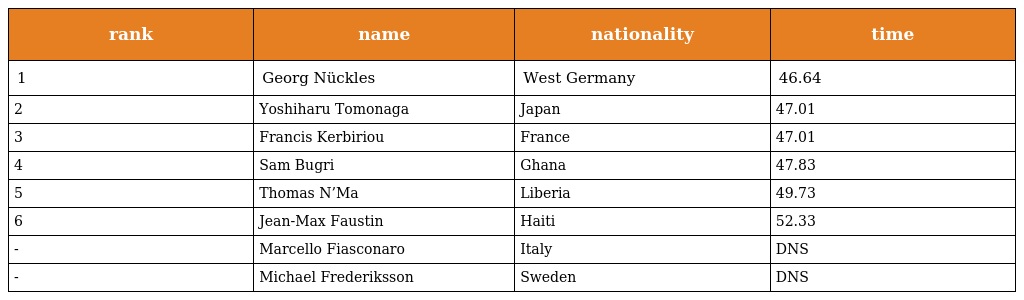
| rank | name | nationality | time |
 | --- | --- | --- | --- |
 | 1 | Georg Nückles | West Germany | 46.64 |
 | 2 | Yoshiharu Tomonaga | Japan | 47.01 |
 | 3 | Francis Kerbiriou | France | 47.01 |
 | 4 | Sam Bugri | Ghana | 47.83 |
 | 5 | Thomas N’Ma | Liberia | 49.73 |
 | 6 | Jean-Max Faustin | Haiti | 52.33 |
 | - | Marcello Fiasconaro | Italy | DNS |
 | - | Michael Frederiksson | Sweden | DNS |